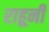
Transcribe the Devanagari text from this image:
राहूनी